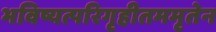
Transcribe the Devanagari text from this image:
भविष्यत्परिगृहीतममृतेन